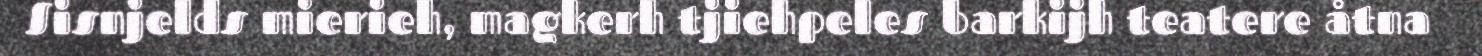
Sisnjelds mierieh, magkerh tjiehpeles barkijh teatere åtna